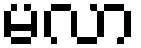
မလာ